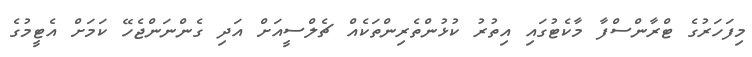
މިފަހަރުގެ ޓްރާންސްފާ މާކެޓުގައި އިތުރު ކުޅުންތެރިންތަކެއް ޗެލްސީއަށް އަދި ގެންނަންޖެހޭ ކަމަށް އެޓީމުގެ